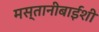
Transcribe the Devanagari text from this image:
मस्तानीबाईंशी